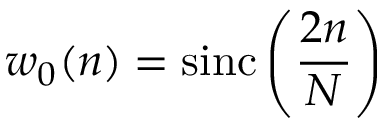
w _ { 0 } ( n ) = \operatorname { s i n c } \left( { \frac { 2 n } { N } } \right)